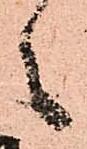
々